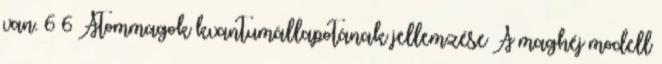
van. 6 6 Atommagok kvantumállapotának jellemzése A maghéj modell